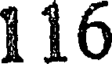
116